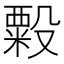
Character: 𬖫